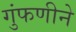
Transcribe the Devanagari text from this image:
गुंफणीने